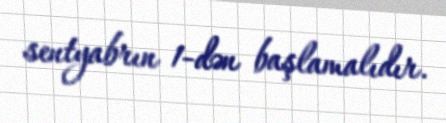
sentyabrın 1-dən başlamalıdır.